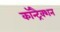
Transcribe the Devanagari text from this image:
कॉन्ट्रैक्शन